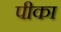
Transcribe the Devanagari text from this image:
पीका